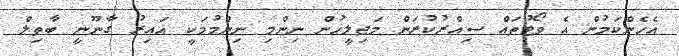
އެހެންކަމުން އެ ވޯޓުތައް ސިއްރުކުރަން މަޖިލީހުން ނިންމި ނިންމުމަކީ ޣައިރު ގާނޫނީ ބާތިލް